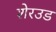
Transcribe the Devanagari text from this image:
शेरउड